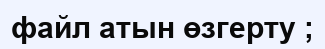
файл атын өзгерту ;